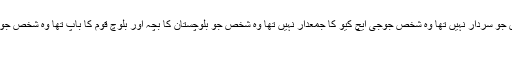
وہ شخص جو سردار نہیں تھا وہ شخص جوجی ایچ کیو کا جمعدار نہیں تھا وہ شخص جو بلوچستان کا بچہ اور بلوچ قوم کا باپ تھا وہ شخص جو دائیں ...
رقیب ۔